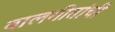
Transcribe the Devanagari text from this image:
बालगीतांची